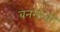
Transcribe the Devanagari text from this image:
बनमंखी